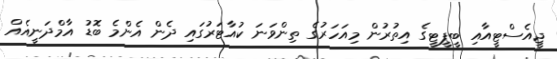
ޖީއެސްޓީއާއި ބީޕީޓީގެ އިތުރުން މިއަހަރުގެ ތިންވަނަ ކުއާޓަރުގައި ދެން އެންމެ ބޮޑު އާމްދަނީއެއް